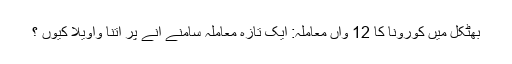
بھٹکل میں کورونا کا 12 واں معاملہ: ایک تازہ معاملہ سامنے آنے پر اتنا واویلا کیوں ؟